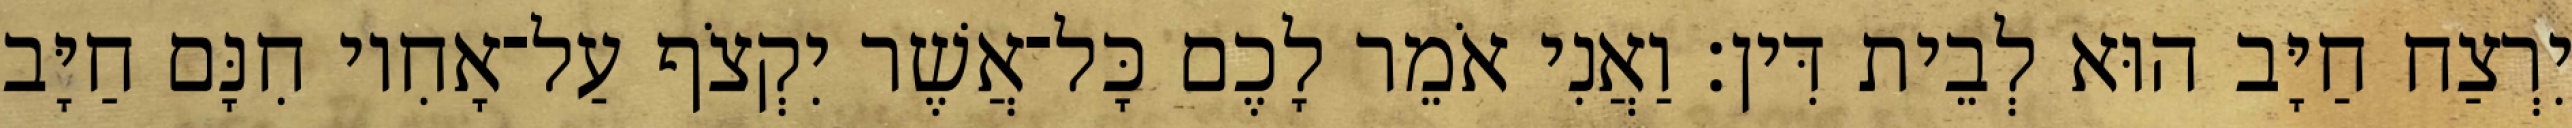
יִרְצַח חַיָּב הוּא לְבֵית דִּין׃ וַאֲנִי אֹמֵר לָכֶם כָּל־אֲשֶׁר יִקְצֹף עַל־אָחִיו חִנָּם חַיָּב